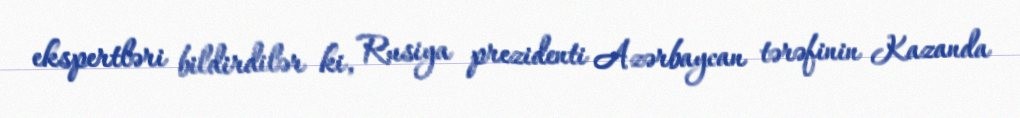
ekspertləri bildirdilər ki, Rusiya prezidenti Azərbaycan tərəfinin Kazanda